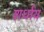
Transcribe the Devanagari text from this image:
शर्धाय